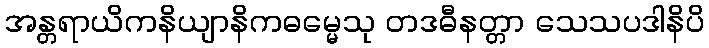
အန္တရာယိကနိယျာနိကဓမ္မေသု တဒဓီနတ္တာ သေသပဒါနိပိ